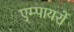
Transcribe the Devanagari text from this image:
एम्पायरों